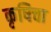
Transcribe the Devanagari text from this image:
कृषिचा